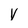
Character: v